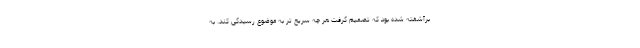
برآشفته شده بود که تصمیم گرفت هر چه سریع تر به موضوع رسیدگی کند. به